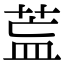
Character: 𦱣